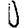
Digit: 0